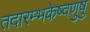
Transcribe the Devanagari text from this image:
तदारम्भकेष्वणुषु